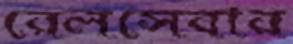
রেলসেবার